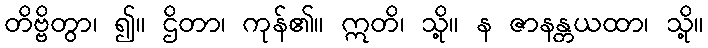
တိဗ္ဗိတွာ၊ ၍။ ဌိတာ၊ ကုန်၏။ ဣတိ၊ သို့။ န ဇာနန္တယထာ၊ သို့။